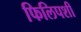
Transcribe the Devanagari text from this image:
फिलिपशी